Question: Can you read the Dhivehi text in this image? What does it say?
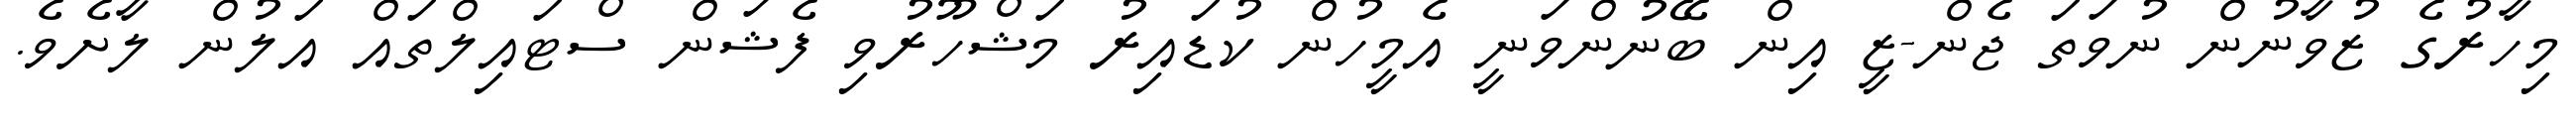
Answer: މިހާރުގެ ޒުވާނުން ނުވަތަ ޖެން-ޒީ އިން ބޭނުންވަނީ އެމީހުން ކުޑައިރު މަޝްހޫރުވި ފެޝަން ސްޓައިލްތައް އަލުން ލާށެވެ.